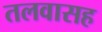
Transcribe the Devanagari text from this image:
तलवासह